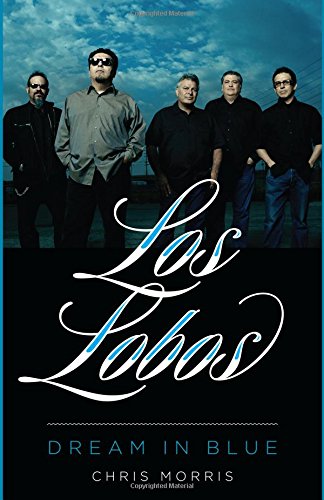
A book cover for Los Lobos: Dream in Blue (American Music); Chris Morris; Humor & Entertainment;